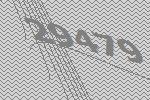
29479